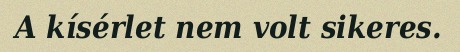
A kísérlet nem volt sikeres.